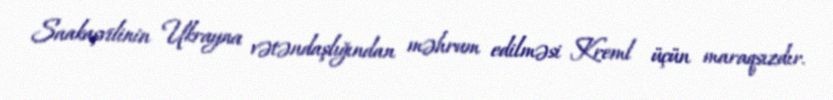
Saakaşvilinin Ukrayna vətəndaşlığından məhrum edilməsi Kreml üçün maraqsızdır.